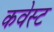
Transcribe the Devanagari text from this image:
कवेस्ट